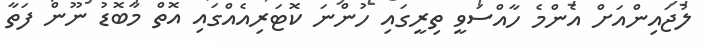
ލުޖައިންއަށް އެންމެ ހާއްސަވީ ތިރީގައި ހުންނަ ކޮޓަރިއެއްގައި އޮތް މާބޮޑު ނޫން ފަތާ